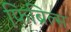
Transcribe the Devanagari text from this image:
फिब्रिल्स